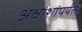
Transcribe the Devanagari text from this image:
अक्षांशांपर्यंत